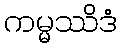
ကမ္မဿိဒံ